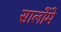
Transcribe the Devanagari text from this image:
सालोंमे